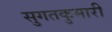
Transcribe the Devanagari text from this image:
सुगतकुमारी